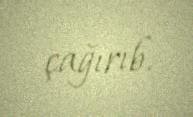
çağırıb.